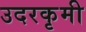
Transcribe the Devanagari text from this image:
उदरकृमी